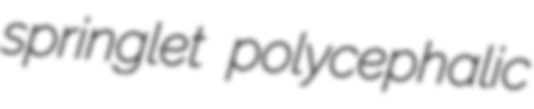
springlet polycephalic